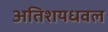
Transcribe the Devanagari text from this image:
अतिशयधवल